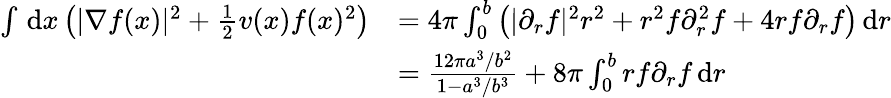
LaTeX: \begin{array}{rl}{\int\, \textnormal{d}x\left(|\nabla f(x)|^{2}+\frac{1}{2}v(x)f(x)^{2}\right)}&{=4\pi\int_{0}^{b}\left(|\partial_{r}f|^{2}r^{2}+r^{2}f\partial_{r}^{2}f+4rf\partial_{r}f\right)\, \textnormal{d}r}\\ &{=\frac{12\pi a^{3}/b^{2}}{1-a^{3}/b^{3}}+8\pi\int_{0}^{b}rf\partial_{r}f\, \textnormal{d}r}\end{array}